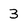
Character: 3